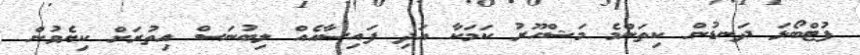
ފުޓްބޯޅަ ދަނޑުން ކިތަންމެ މަޝްހޫރު ކަމަކާ އަދި ފައިސާއެއް ލިބުނަސް އިތުރަށް ކިޔެވުން